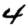
Digit: 4